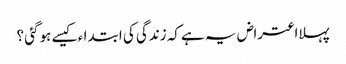
پہلااعتراض یہ ہےکہ زندگی کی ابتدا ء کیسے ہوگئی ؟